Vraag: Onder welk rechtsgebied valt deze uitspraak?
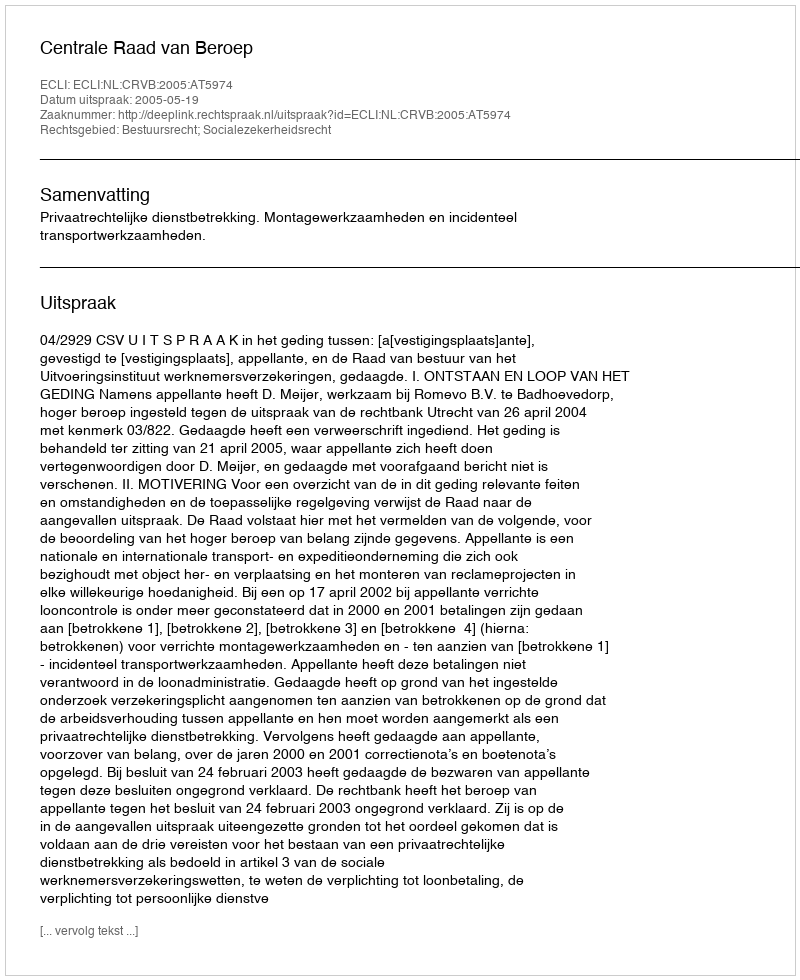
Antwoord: Bestuursrecht; Socialezekerheidsrecht